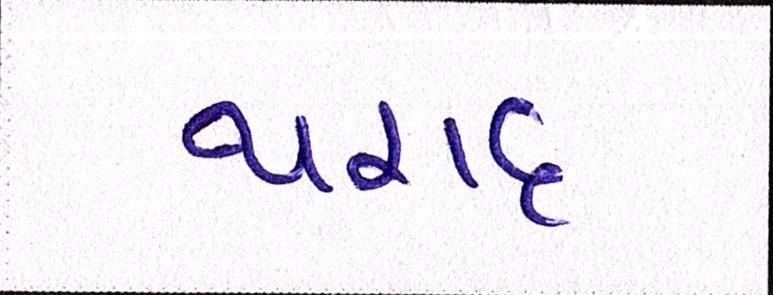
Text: થરાદ